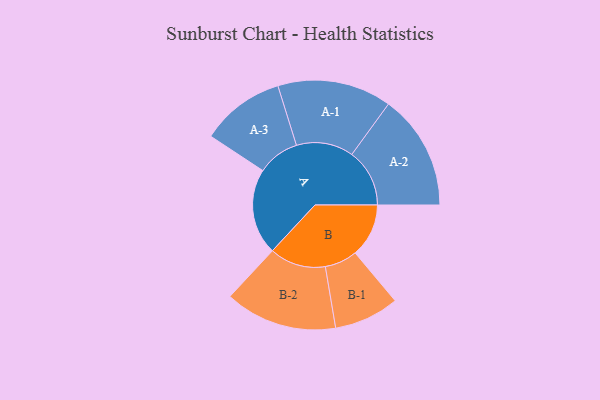
{"axis": {"x": "Segment", "y": "Value"}, "legend": ["", "A", "B"], "data": [{"x": "A", "y": 389, "type": ""}, {"x": "B", "y": 242, "type": ""}, {"x": "A-1", "y": 258, "type": "A"}, {"x": "A-2", "y": 261, "type": "A"}, {"x": "A-3", "y": 190, "type": "A"}, {"x": "B-1", "y": 147, "type": "B"}, {"x": "B-2", "y": 254, "type": "B"}]}